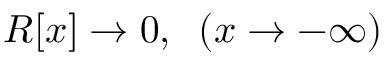
R [ x ] \rightarrow 0 , \; \; ( x \rightarrow - \infty )